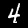
Label: 4